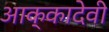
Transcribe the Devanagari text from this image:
आक्कादेवी